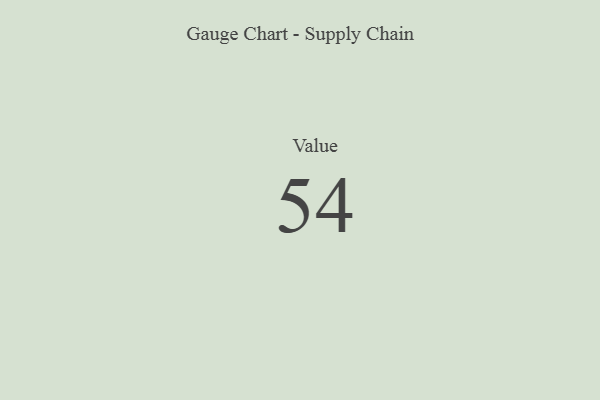
{"axis": {"x": "Metric", "y": "Value"}, "legend": [""], "data": [{"x": "Value", "y": 54, "type": ""}]}